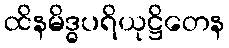
ထိနမိဒ္ဓပရိယုဋ္ဌိတေန